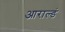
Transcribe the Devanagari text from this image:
आराल्डं